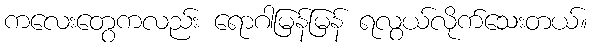
ကလေးတွေကလည်း ရောဂါမြန်မြန် ရလွယ်လိုက်သေးတယ်။